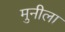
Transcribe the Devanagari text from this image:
मुनीला